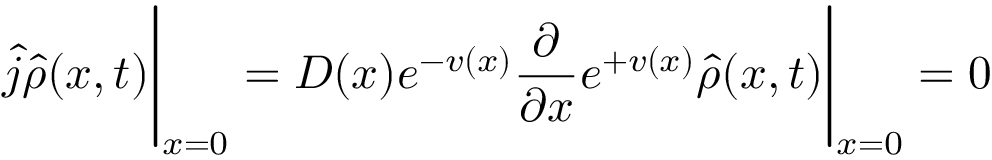
\hat { j } \hat { \rho } ( x , t ) \Bigg | _ { x = 0 } = D ( x ) e ^ { - v ( x ) } \frac { \partial } { \partial x } e ^ { + v ( x ) } \hat { \rho } ( x , t ) \Bigg | _ { x = 0 } = 0